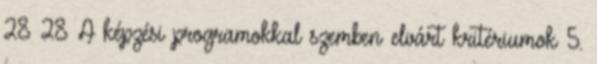
28 28 A képzési programokkal szemben elvárt kritériumok 5.